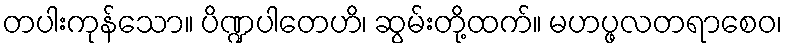
တပါးကုန်သော။ ပိဏ္ဍပါတေဟိ၊ ဆွမ်းတို့ထက်။ မဟပ္ဖလတရာစေဝ၊